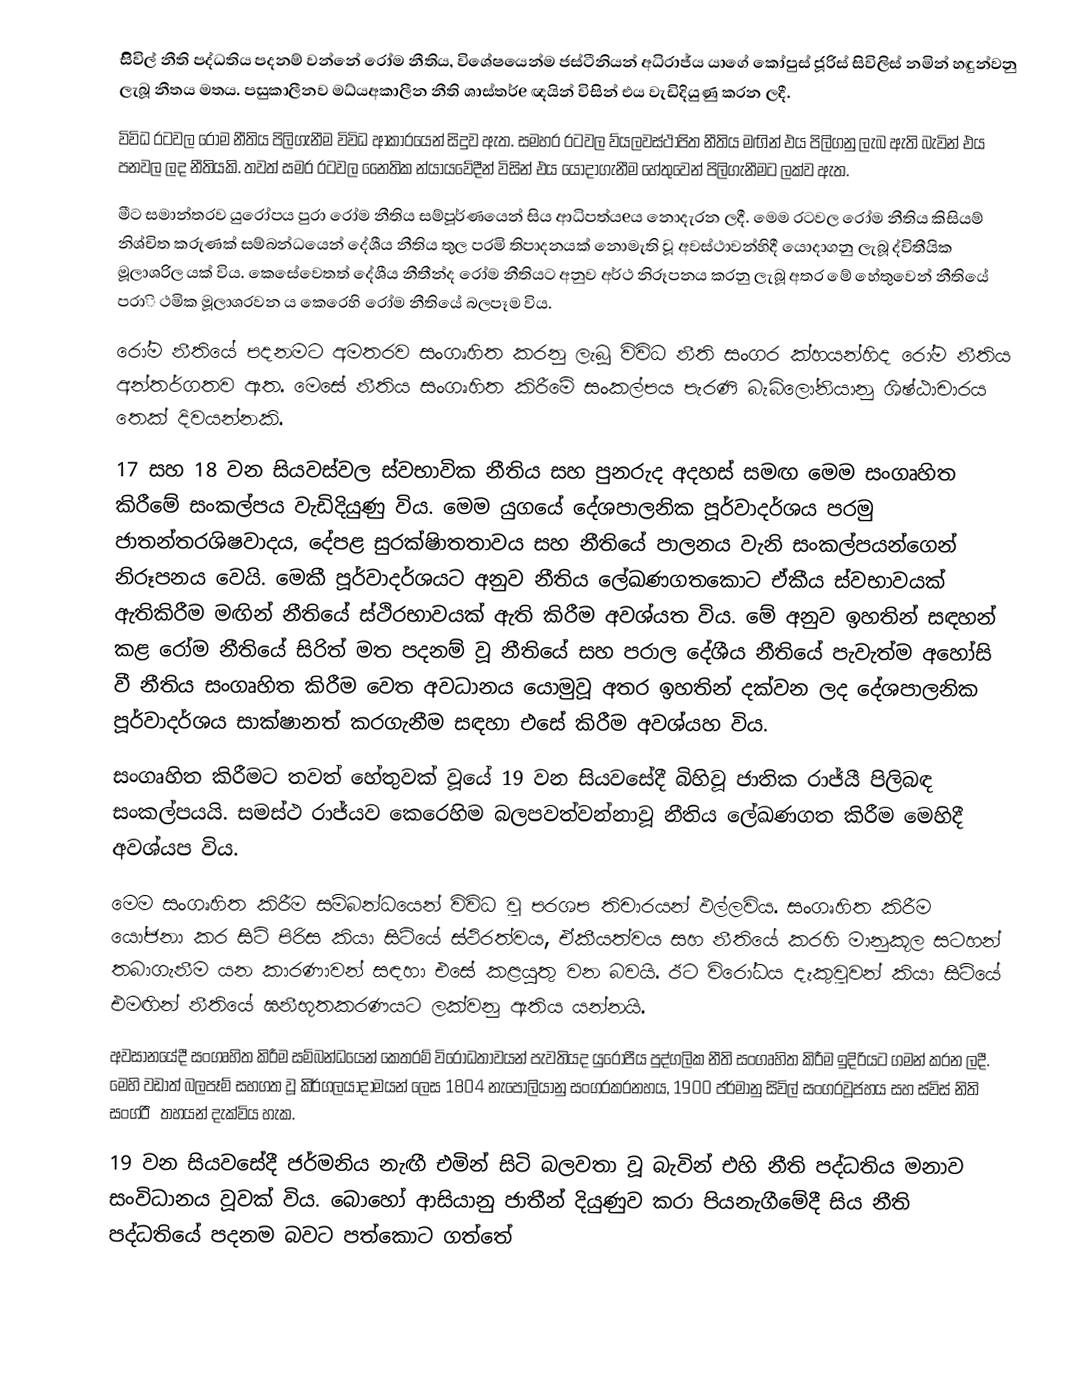
සිිවිල් නීති පද්ධතිය පදනම් වන්නේ රෝම නීතිය, විශේෂයෙන්ම ජස්ටීනියන් අධිරාජ්ය යාගේ කෝපුස් ජූරිස් සිවිලිස් නමින් හඳුන්වනු ලැබූ නීතය මතය. පසුකාලීනව මධ්යඅකාලීන නීති ශාස්තර්e ඥයින් විසින් එය වැඩිදියුණු කරන ලදී.
විවිධ රටවල රෝම නීතිය පිලිගැනීම විවිධ ආකාරයෙන් සිදුව ඇත. සමහර රටවල ව්යලවස්ථාපිත නීතිය මඟින් එය පිලිගනු ලැබ ඇති බැවින් එය පනවල ලද නීතියකි. තවත් සමර රටවල නෛතික න්යා්යවේදීන් විසින් එය යොදාගැනීම හේතුවෙන් පිලිගැනීමට ලක්ව ඇත.
මීට සමාන්තරව යුරෝපය පුරා රෝම නීතිය සම්පූර්ණයෙන් සිය ආධිපත්යeය නොදැරන ලදී. මෙම රටවල රෝම නීතිය කිසියම් නිශ්චිත කරුණක් සම්බන්ධයෙන් දේශීය නීතිය තුල පරමි තිපාදනයක් නොමැති වූ අවස්ථාවන්හිදී යොදාගනු ලැබූ ද්විතීයික මූලාශරිල යක් විය. කෙසේවෙතත් දේශීය නීතීන්ද රෝම නීතියට අනුව අර්ථ නිරූපනය කරනු ලැබූ අතර මේ හේතුවෙන් නීතියේ පරාි  ථමික මූලාශරවන ය කෙරෙහි රෝම නීතියේ බලපෑම විය.
රෝම නීතියේ පදනමට අමතරව සංගෘහිත කරනු ලැබූ විවිධ නීති සංගර ක්හයන්හිද රෝම නීතිය අන්තර්ගතව ඇත. මෙසේ නීතිය සංගෘහිත කිරීමේ සංකල්පය පැරණි බැබිලෝනියානු ශිෂ්ඨාචාරය තෙක් දිවයන්නකි.
17 සහ 18 වන සියවස්වල ස්වභාවික නීතිය සහ පුනරුද අදහස් සමඟ මෙම සංගෘහිත කිරීමේ සංකල්පය වැඩිදියුණු විය. මෙම යුගයේ දේශපාලනික පූර්වාදර්ශය පරමු ජාතන්තරශිෂවාදය, දේපළ සුරක්ෂිාතතාවය සහ නීතියේ පාලනය වැනි සංකල්පයන්ගෙන් නිරූපනය වෙයි. මෙකී පූර්වාදර්ශයට අනුව නීතිය ලේඛණගතකොට ඒකීය ස්වභාවයක් ඇතිකිරීම මඟින් නීතියේ ස්ථිරභාවයක් ඇති කිරීම අවශ්යත විය. මේ අනුව ඉහතින් සඳහන් කළ රෝම නීතියේ සිරිත් මත පදනම් වූ නීතියේ සහ පරාල  දේශීය නීතියේ පැවැත්ම අහෝසි වී නීතිය සංගෘහිත කිරීම වෙත අවධානය යොමුවූ අතර ඉහතින් දක්වන ලද දේශපාලනික පූර්වාදර්ශය සාක්ෂානත් කරගැනීම සඳහා එසේ කිරීම අවශ්යහ විය.
සංගෘහිත කිරීමට තවත් හේතුවක් වූයේ 19 වන සියවසේදී බිහිවූ ජාතික රාජ්යී පිලිබඳ සංකල්පයයි. සමස්ථ රාජ්යව කෙරෙහිම බලපවත්වන්නාවූ නීතිය ලේඛණගත කිරීම මෙහිදී අවශ්යප විය.
මෙම සංගෘහිත කිරීම සම්බන්ධයෙන් විවිධ වූ පරශප තිචාරයන් ඵල්ලවිය. සංගෘහිත කිරීම යෝජනා කර සිටි පිරිස කියා සිටියේ ස්ථිරත්වය, ඒකීයත්වය සහ නීතියේ කරහි මානුකූල සටහන් තබාගැනීම යන කාරණාවන් සඳහා එසේ කළයුතු වන බවයි. ඊට විරෝධය දැකුවූවන් කියා සිටියේ එමඟින් නීතියේ ඝනීභූතකරණයට ලක්වනු ඇතිය යන්නයි.
අවසානයේදී සංගෘහිත කිරීම සම්බන්ධයෙන් කෙතරම් විරෝධතාවයන් පැවතියද යුරෝපීය පුද්ගලික නීති සංගෘහිත කිරීම ඉදිරියට ගමන් කරන ලදී. මෙහි වඩාත් බලපෑම් සහගත වූ කිර්ගලයාදාමයන් ලෙස 1804 නැපෝලියානු සංගරකරනහය, 1900 ජර්මානු සිවිල් සංගරවූජහය සහ ස්විස් නිති සංගර‍ීතහයන් දැක්විය හැක.
19 වන සියවසේදී ජර්මනිය නැඟී එමින් සිටි බලවතා වූ බැවින් එහි නීති පද්ධතිය මනාව සංවිධානය වූවක් විය. බොහෝ ආසියානු ජාතීන් දියුණුව කරා පියනැගීමේදී සිය නීති පද්ධතියේ පදනම බවට පත්කොට ගත්තේ